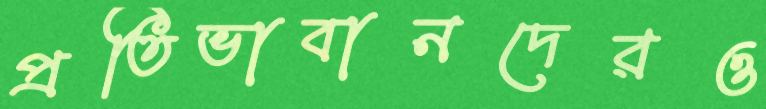
প্রতিভাবানদেরও